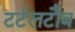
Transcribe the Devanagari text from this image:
टर्टलटौब